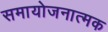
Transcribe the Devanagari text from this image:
समायोजनात्मक